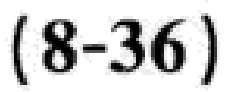
\((8 - 36)\)